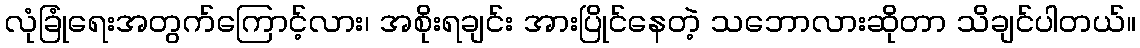
လုံခြုံရေးအတွက်ကြောင့်လား၊ အစိုးရချင်း အားပြိုင်နေတဲ့ သဘောလားဆိုတာ သိချင်ပါတယ်။